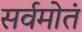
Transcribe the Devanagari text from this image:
सर्वमोतं